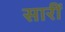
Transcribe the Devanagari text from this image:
सारीं